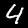
Digit: 4